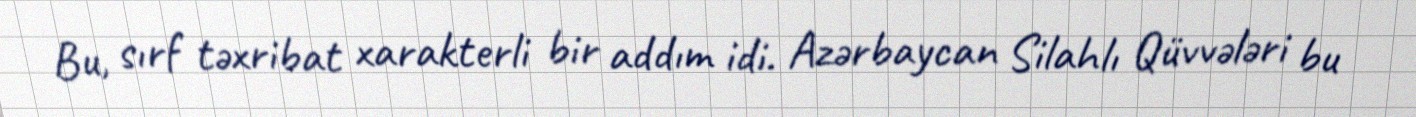
Bu, sırf təxribat xarakterli bir addım idi. Azərbaycan Silahlı Qüvvələri bu